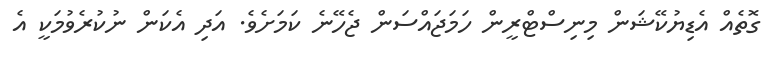
ގޮތެއް އެޑިޔުކޭޝަން މިނިސްޓްރީން ހަމަޖައްސަން ޖެހޭނެ ކަމަށެވެ. އަދި އެކަން ނުކުރެވުމަކީ އެ